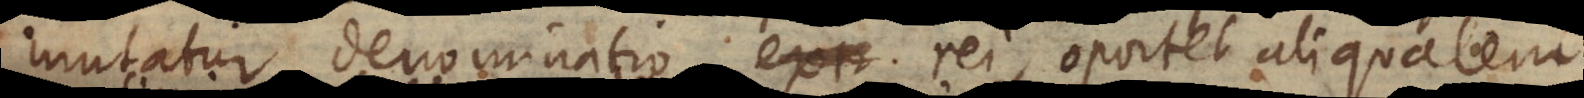
mutatur denominatio extr rei, oportet aliqualem